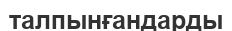
талпынғандарды